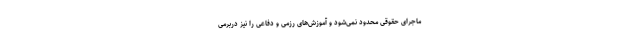
ماجرای حقوقی محدود نمی‌شود و آموزش‌های رزمی و دفاعی را نیز دربرمی